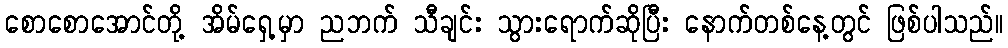
စောစောအောင်တို့ အိမ်ရှေ့မှာ ညဘက် သီချင်း သွားရောက်ဆိုပြီး နောက်တစ်နေ့တွင် ဖြစ်ပါသည်။